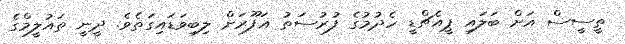
ތީސީސް އަށް ބަލައި ޕީއެޗްޑީ ހެދުމުގެ ފުރުސަތު ޣަފޫރަށް ލިބިވަޑައިގަތެވެ. ދީނީ ތައުލީމްގެ